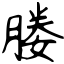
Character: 媵